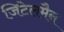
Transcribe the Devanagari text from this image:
जिटेलमैन